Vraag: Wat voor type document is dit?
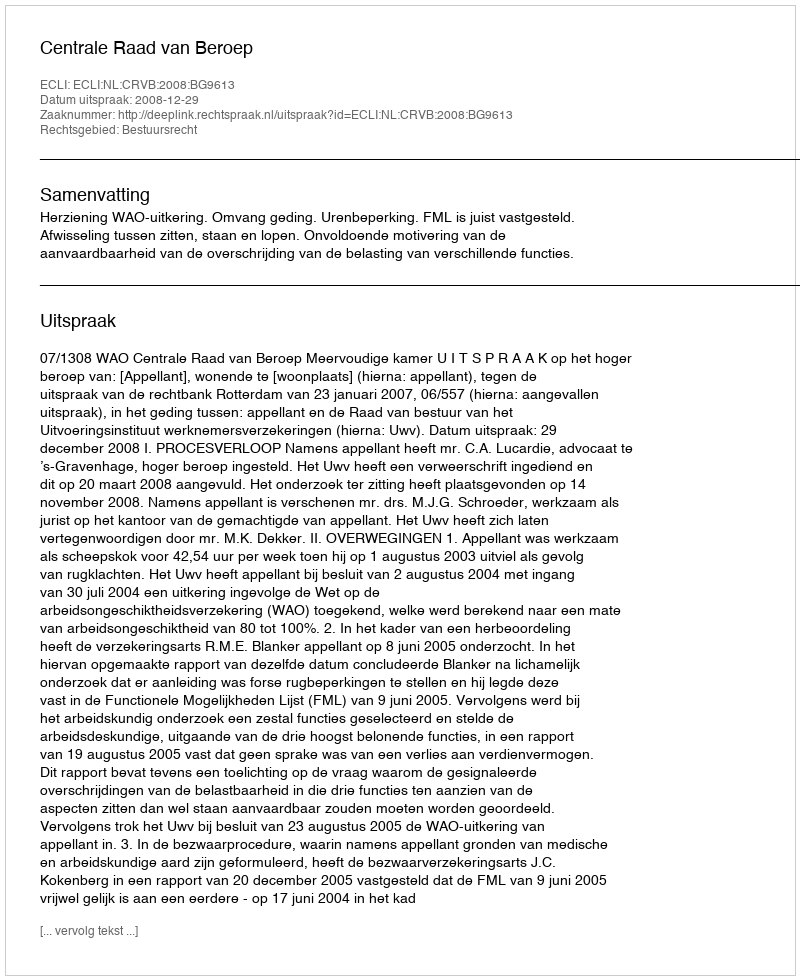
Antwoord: Uitspraak